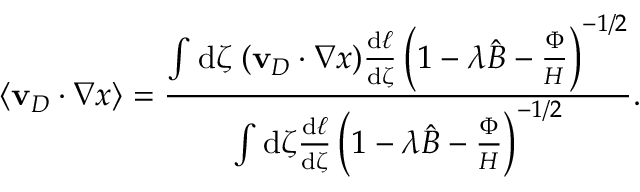
\langle \mathbf { v } _ { D } \cdot \nabla x \rangle = \frac { \int \mathrm { d } \zeta \; ( \mathbf { v } _ { D } \cdot \nabla x ) \frac { \mathrm { d } \ell } { \mathrm { d } \zeta } \left( 1 - \lambda \hat { B } - \frac { \Phi } { H } \right) ^ { - 1 / 2 } } { \int \mathrm { d } \zeta \frac { \mathrm { d } \ell } { \mathrm { d } \zeta } \left( 1 - \lambda \hat { B } - \frac { \Phi } { H } \right) ^ { - 1 / 2 } } .